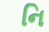
નિ